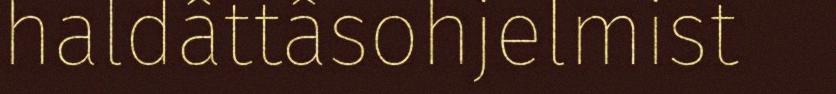
haldâttâsohjelmist